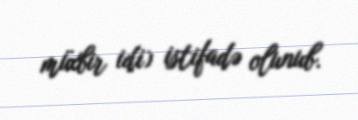
müxbir idi) istifadə olunub.